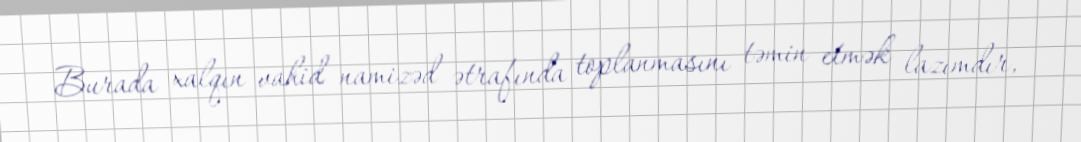
Burada xalqın vahid namizəd ətrafında toplanmasını təmin etmək lazımdır,